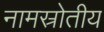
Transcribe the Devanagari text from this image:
नामस्रोतीय